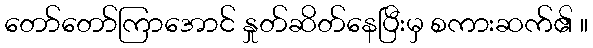
တော်တော်ကြာအောင် နှုတ်ဆိတ်နေပြီးမှ စကားဆက်၏ ။